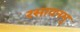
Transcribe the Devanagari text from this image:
रसायनमु